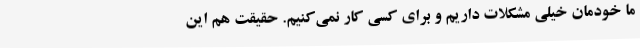
ما خودمان خیلی مشکلات داریم و برای کسی کار نمی‌کنیم. حقیقت هم این